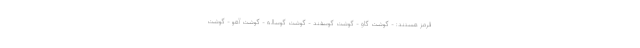
قرمز هستند: - گوشت گاو - گوشت گوسفند - گوشت گوساله - گوشت آهو - گوشت